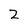
Character: 2